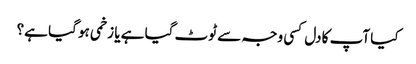
کیا آپ کا دل کسی وجہ سے ٹوٹ گیا ہے یا زخمی ہو گیا ہے؟